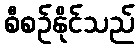
စီစဉ်နိုင်သည်